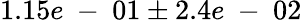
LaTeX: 1.15e\mathrm{~-~}01\pm 2.4e\mathrm{~-~}02